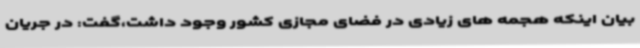
بیان اینکه هجمه های زیادی در فضای مجازی کشور وجود داشت،گفت: در جریان